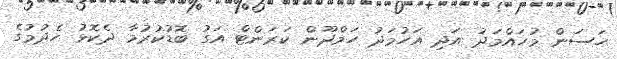
ހަސަން މުހައްމަދު އަދި އަހުމަދު ހަމްދޫން ކަރަންޓް އަގު ބޮޑުކުރުމާ ދެކޮޅު ހެދުމުގެ